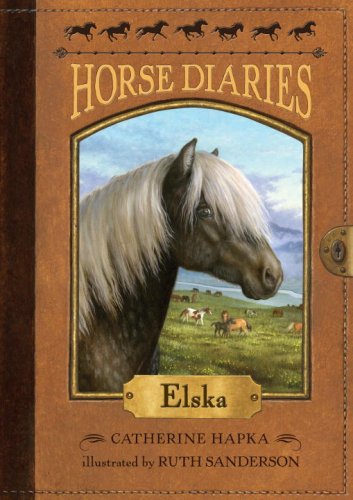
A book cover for Horse Diaries #1: Elska; Catherine Hapka; Children's Books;